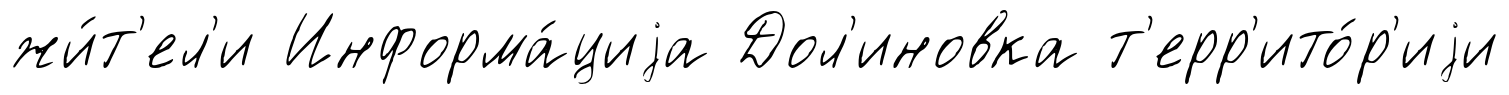
жи́т'ел'и Информа́циjа Дол'иновка т'ерр'ито́р'иjи